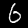
Label: 6